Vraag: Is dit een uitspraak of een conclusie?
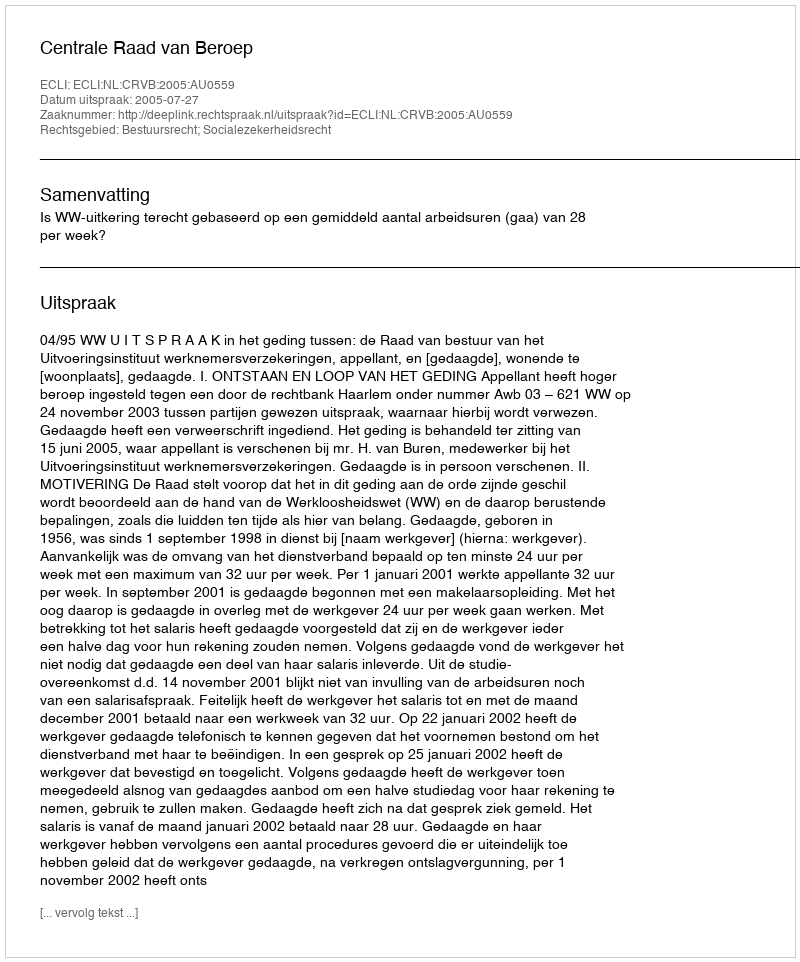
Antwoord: Uitspraak